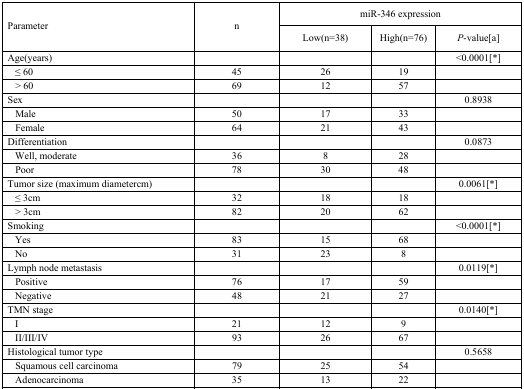
| <ROWSPAN=2> Parameter | <ROWSPAN=2> n | <COLSPAN=3> miR-346 expression |
 | Low(n=38) | High(n=76) | P-value[a] |
 | --- | --- | --- | --- | --- |
 | Age(years) |  |  |  | <0.0001[*] |
 | ≤ 60 | 45 | 26 | 19 |  |
 | > 60 | 69 | 12 | 57 |  |
 | Sex |  |  |  | 0.8938 |
 | Male | 50 | 17 | 33 |  |
 | Female | 64 | 21 | 43 |  |
 | Differentiation |  |  |  | 0.0873 |
 | Well, moderate | 36 | 8 | 28 |  |
 | Poor | 78 | 30 | 48 |  |
 | Tumor size (maximum diametercm) |  |  |  | 0.0061[*] |
 | ≤ 3cm | 32 | 18 | 18 |  |
 | > 3cm | 82 | 20 | 62 |  |
 | Smoking |  |  |  | <0.0001[*] |
 | Yes | 83 | 15 | 68 |  |
 | No | 31 | 23 | 8 |  |
 | Lymph node metastasis |  |  |  | 0.0119[*] |
 | Positive | 76 | 17 | 59 |  |
 | Negative | 48 | 21 | 27 |  |
 | TMN stage |  |  |  | 0.0140[*] |
 | I | 21 | 12 | 9 |  |
 | II/III/IV | 93 | 26 | 67 |  |
 | Histological tumor type |  |  |  | 0.5658 |
 | Squamous cell carcinoma | 79 | 25 | 54 |  |
 | Adenocarcinoma | 35 | 13 | 22 |  |